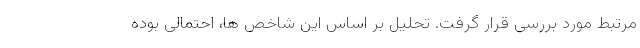
مرتبط مورد بررسی قرار گرفت. تحلیل بر اساس این شاخص ها، احتمالی بوده